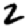
Digit: 2